Medical and sanitary report on the native army of Bombay for the year
Year: 1877
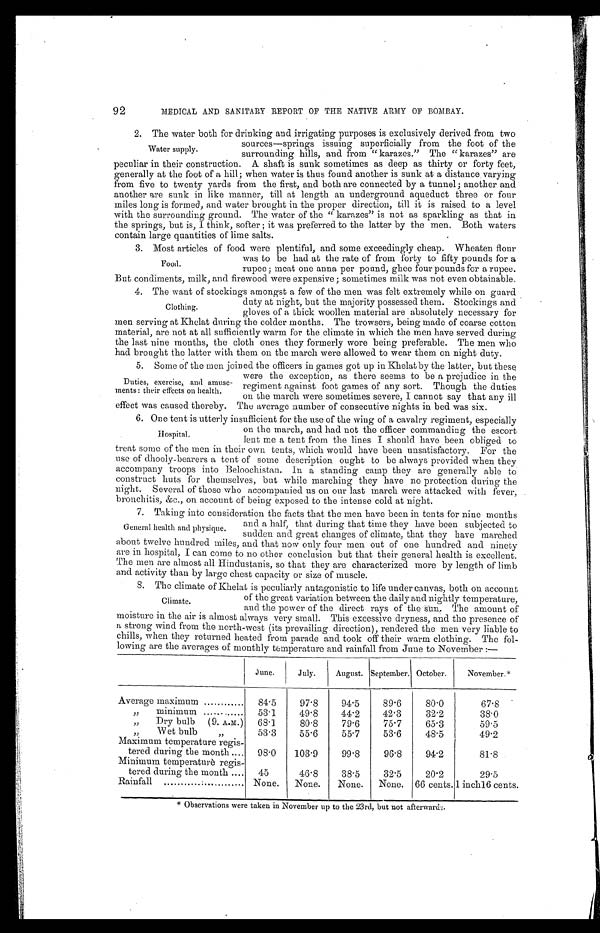
92
MEDICAL AND SANITARY REPORT OF THE NATIVE ARMY OF BOMBAY.
Water supply.
2. The water both for drinking and irrigating purposes is exclusively derived from two
sources-springs issuing superficially from the foot of the
surrounding hills, and from "karazes." The "karazes" are
peculiar in their construction. A shaft is sunk sometimes as deep as thirty or forty feet,
generally at the foot of a hill; when water is thus found another is sunk at a distance varying
from five to twenty yards from the first, and both are connected by a tunnel; another and
another are sunk in like manner, till at length an underground aqueduct three or four
miles long is formed, and water brought in the proper direction, till it is raised to a level
with the surrounding ground. The water of the " karazes" is not as sparkling as that in
the springs, but is, I think, softer ; it was preferred to the latter by the men. Both waters
contain large quantities of lime salts.
Food.
3. Most articles of food were plentiful, and some exceedingly cheap. Wheaten flour
was to be had at the rate of from forty to fifty pounds for a
rupee ; meat one anna per pound, ghee four pounds for a rupee.
But condiments, milk, and firewood were expensive ; sometimes milk was not even obtainable.
Clothing.
4. The want of stockings amongst a few of the men was felt extremely while on guard
duty at night, but the majority possessed them. Stockings and
gloves of a thick woollen material are absolutely necessary for
men serving at Khelat during the colder months. The trowsers, being made of coarse cotton
material, are not at all sufficiently warm for the climate in which the men have served during
the last nine months, the cloth ones they formerly wore being preferable. The men who
had brought the latter with them on the march were allowed to wear them on night duty.
Duties, exercise, and amuse-
ments : their effects on health.
5. Some of the men joined the officers in games got up in Khelat by the latter, but these
were the exception, as there seems to be a prejudice in the
regiment against foot games of any sort. Though the duties
on the march were sometimes severe, I cannot say that any ill
effect was caused thereby. The average number of consecutive nights in bed was six.
Hospital.
6. One tent is utterly insufficient for the use of the wing of a cavalry regiment, especially
on the march, and had not the officer commanding the escort
lent me a tent from the lines I should have been obliged to
treat some of the men in their own tents, which would have been unsatisfactory. For the
use of dhooly-bearers a tent of some description ought to be always provided when they
accompany troops into Beloochistan. In a standing camp they are generally able to
construct huts for themselves, but while marching they have no protection during the
might. Several of those who accompanied us on our last march were attacked with fever,
bronchitis, &c., on account of being exposed to the intense cold at night.
General health and physique.
7. Taking into consideration the facts that the men have been in tents for nine months
and a half, that during that time they have been subjected to
sudden and great changes of climate, that they have marched
about twelve hundred miles, and that now only four men out of one hundred and ninety
are in hospital, I can come to no other conclusion but that their general health is excellent.
The men are almost all Hindustanis, so that they are characterized more by length of limb
and activity than by large chest capacity or size of muscle.
Climate.
8. The climate of Khelat is peculiarly antagonistic to life under canvas, both on account
of the great variation between the daily and nightly temperature,
and the power of the direct rays of the sun. The amount of
moisture in the air is almost always very small. This excessive dryness, and the presence of
a strong wind from the north-west (its prevailing direction), rendered the men very liable to
chills, when they returned heated from parade and took off their warm clothing. The fol-
lowing are the averages of monthly temperature and rainfall from June to November :—
June.
July.
August. September. October.
November.*
Average maximum
84.5
97.8
94.5
89.6 I
80 . 0
67.8
,, minimum
53.1
49.8
44.2
42.3
32.2
38.0
,,
Dry bulb
(9. A.M.)
68 . 1
80.8
79.6
75.7
65.3
59.5
,, Wet bulb
,,
53.3
55.6
55.7
53.6
48.5
49.2
Maximum temperature regis-
tered during the month
98 . 0
103 . 9
99.8
96.8
94.2
81.8
Minimum temperature regis-
tered during the month
45
46.8
38.5
32.5
20.2
29.5
Rainfall
None.
None.
None.
None. 66 cents. 1 inch l6 cents.
* Observations were taken in November up to the 23rd, but not afterwards.